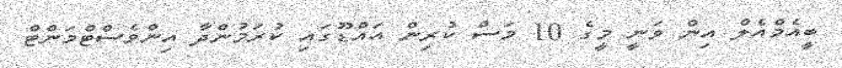
ބީއެމްއެލް އިން ވަނީ މީގެ 10 މަސް ކުރިން އައްޑޫގައި ކުރަމުންދާ އިންވެސްޓްމަންޓް